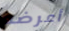
أعرضه